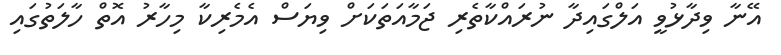
އޭނާ ވިދާޅުވީ އަލްގައިދާ ނުރައްކާތެރި ޖަމާއަތަކަށް ވިޔަސް އެމެރިކާ މިހާރު އޮތް ހާލަތުގައި